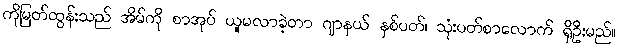
ကိုမြတ်ထွန်းသည် အိမ်ကို စာအုပ် ယူမလာခဲ့တာ ဂျာနယ် နှစ်ပတ်၊ သုံးပတ်စာလောက် ရှိဦးမည်။